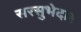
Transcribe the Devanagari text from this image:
सरसुभेदार